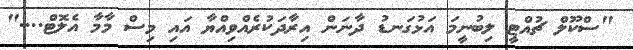
"ސްކޫލް ޗުއްޓީ ލިބުނީމަ އަޅުގަނޑު ދާނަން އިރާދަކުރެއްވިއްޔާ އައި މިސް މާމާ އެލޮޓް...."